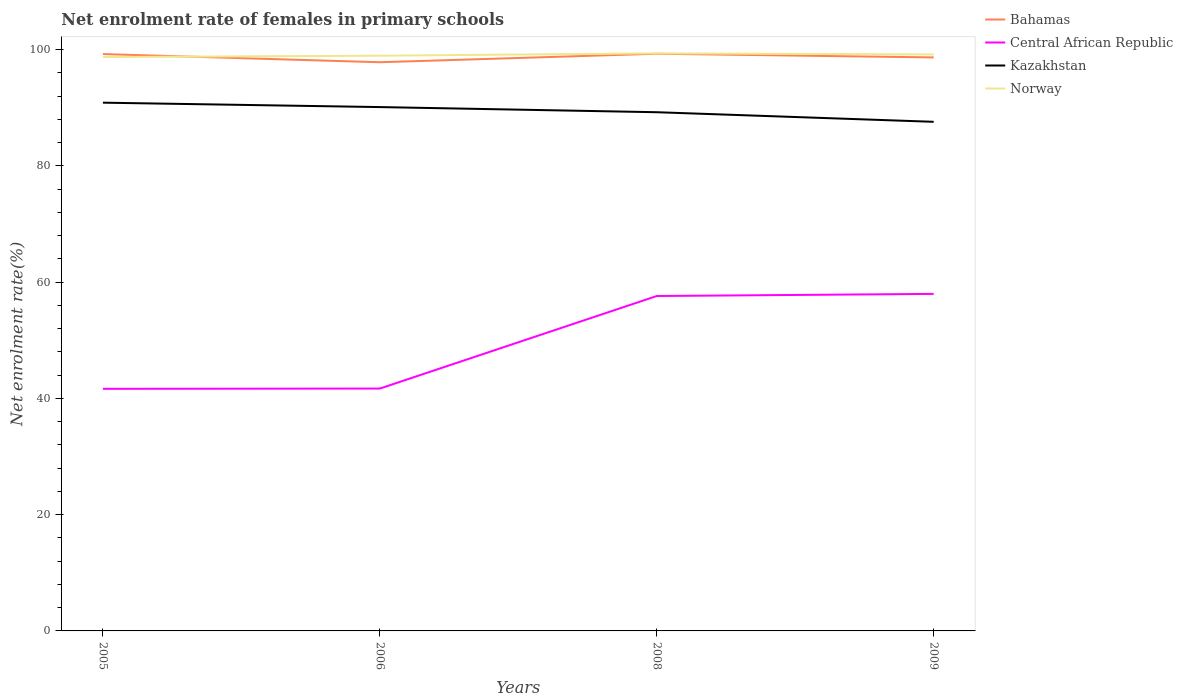
| Years | Bahamas | Central African Republic | Kazakhstan | Norway |
 | --- | --- | --- | --- | --- |
 | 2005 | 99.3 | 41.7 | 90.9 | 98.7 |
 | 2006 | 97.8 | 41.7 | 90.1 | 99 |
 | 2008 | 99.3 | 57.6 | 89.2 | 99.4 |
 | 2009 | 98.7 | 58 | 87.6 | 99.2 |